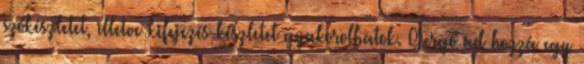
szókészletet, illetve kifejezés készletet gyakorolhatok. Gergő ad hozzá egy